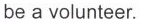
be a volunteer.